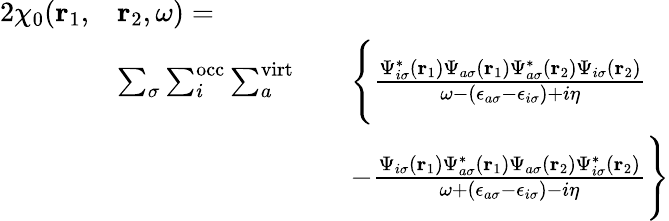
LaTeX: \begin{array}{rlrl}{{2}\chi_{0}(\mathbf{r}_{1},}&{\mathbf{r}_{2},\omega)=}\\ &{\sum_{\sigma}\sum_{i}^{\mathrm{occ}}\sum_{a}^{\mathrm{virt}}}&&{\Biggl\{ \frac{\Psi_{i\sigma}^{*}(\mathbf{r}_{1})\Psi_{a\sigma}(\mathbf{r}_{1})\Psi_{a\sigma}^{*}(\mathbf{r}_{2})\Psi_{i\sigma}(\mathbf{r}_{2})}{\omega-(\epsilon_{a\sigma}-\epsilon_{i\sigma})+i\eta}}\\ &{}&&{-\frac{\Psi_{i\sigma}(\mathbf{r}_{1})\Psi_{a\sigma}^{*}(\mathbf{r}_{1})\Psi_{a\sigma}(\mathbf{r}_{2})\Psi_{i\sigma}^{*}(\mathbf{r}_{2})}{\omega+(\epsilon_{a\sigma}-\epsilon_{i\sigma})-i\eta}\Biggr\} }\end{array}